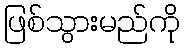
ဖြစ်သွားမည်ကို